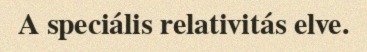
A speciális relativitás elve.